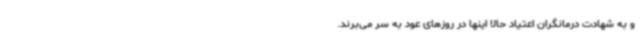
و به شهادت درمانگران اعتیاد حالا اینها در روزهای عود به سر می‌برند.